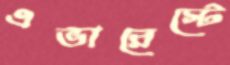
এভারেস্টে